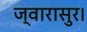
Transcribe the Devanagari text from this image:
ज्वारासुर।